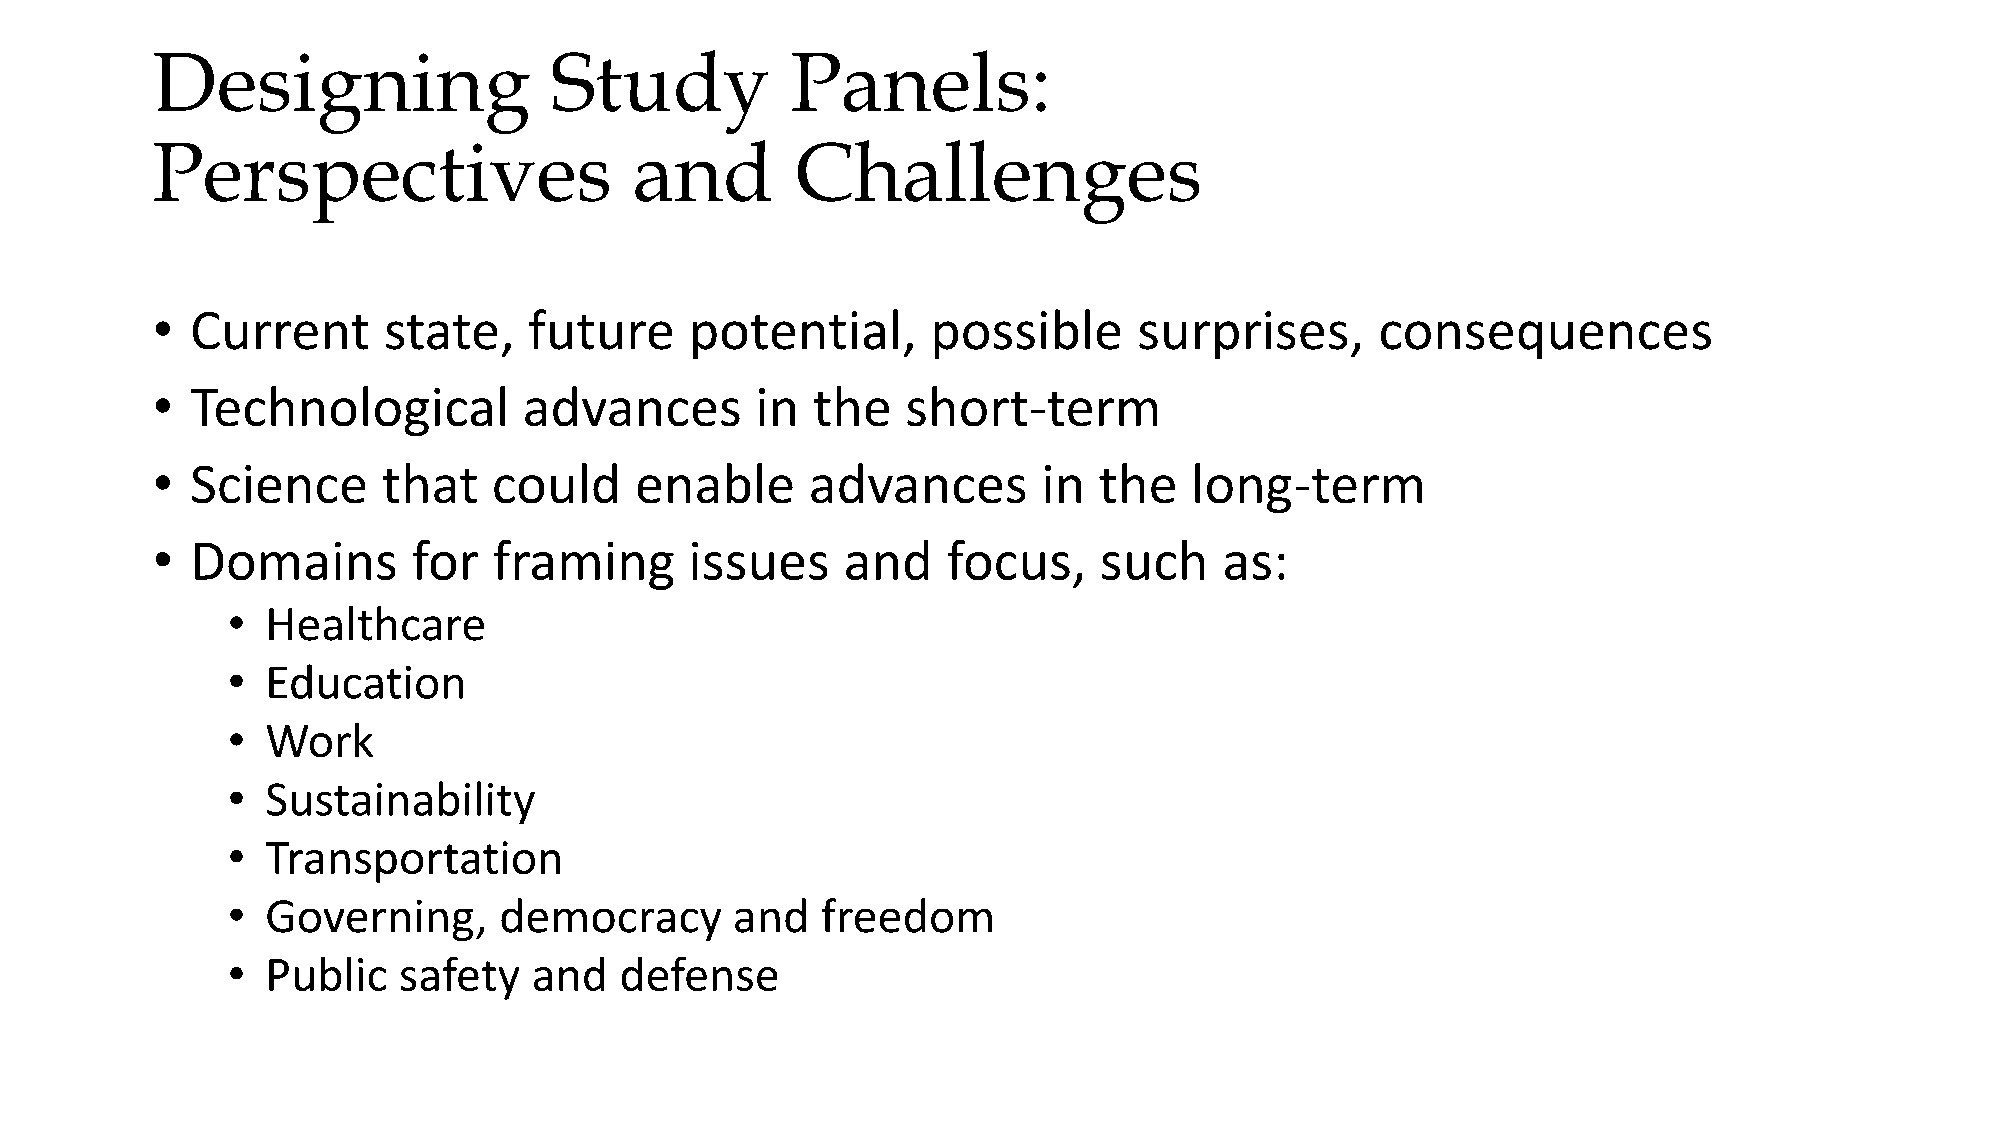
Designing                 Study           Panels:
 Perspectives                    and        Challenges
 •  Current     state,    future     potential,      possible     surprises,      consequences
 •  Technological         advances       in  the   short-term
 •  Science     that    could    enable      advances       in  the   long-term
 •  Domains       for   framing      issues    and    focus,    such    as:
 •  Healthcare
 •  Education
 •  Work
 •  Sustainability
 •  Transportation
 •  Governing,     democracy      and   freedom
 •  Public  safety   and   defense